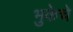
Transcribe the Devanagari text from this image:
भुकेचे